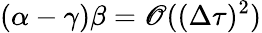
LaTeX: (\alpha-\gamma)\beta=\mathscr{O}((\Delta\tau)^{2})